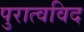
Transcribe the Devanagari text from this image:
पुरात्वविद